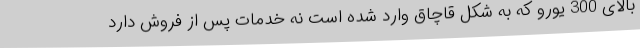
بالای 300 یورو که به شکل قاچاق وارد شده است نه خدمات پس از فروش دارد